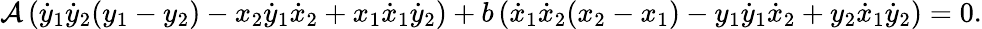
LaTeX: \mathcal{A}\left({\dot{{y}}}_{1}{\dot{{y}}}_{2}(y_{1}-y_{2})-x_{2}{\dot{{y}}}_{1}{\dot{{x}}}_{2}+x_{1}{\dot{{x}}}_{1}{\dot{{y}}}_{2}\right)+b\left({\dot{{x}}}_{1}{\dot{{x}}}_{2}(x_{2}-x_{1})-y_{1}{\dot{{y}}}_{1}{\dot{{x}}}_{2}+y_{2}{\dot{{x}}}_{1}{\dot{{y}}}_{2}\right)=0.